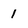
Character: 1